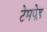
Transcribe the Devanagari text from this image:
टेमपेह